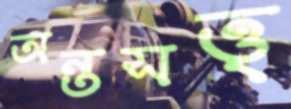
অন্তসত্ত্